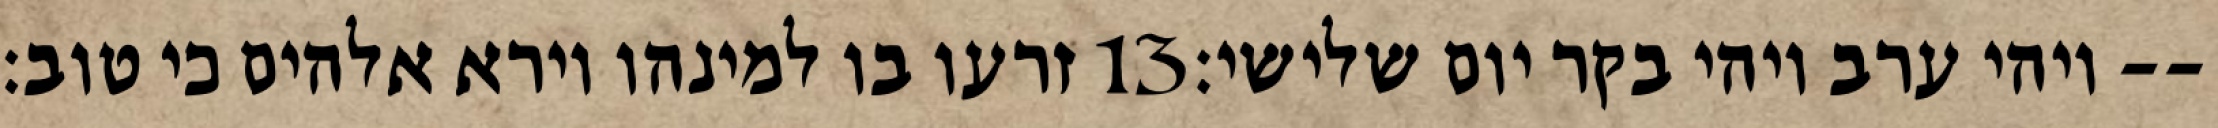
זרעו בו למינהו וירא אלהים כי טוב׃ ‎13‏ ויהי ערב ויהי בקר יום שלישי׃--